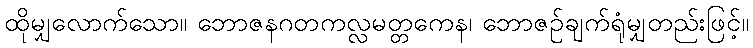
ထိုမျှလောက်သော။ ဘောဇနဂတကလ္လမတ္တကေန၊ ဘောဇဉ်ချက်ရုံမျှတည်းဖြင့်။